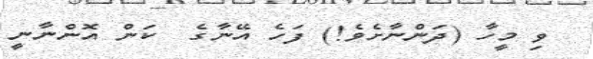
ވި މީހާ (ދަންނާށެވެ!) ފަހެ އޭނާގެ  ކަން އޮންނާނީ